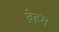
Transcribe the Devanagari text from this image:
ब्रेहम